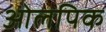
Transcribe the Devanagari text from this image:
ओलपिक